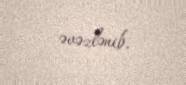
əvəzlənib.